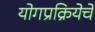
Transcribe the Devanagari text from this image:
योगप्रक्रियेचे